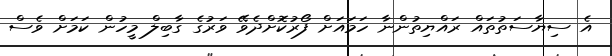
އެ ސިޔާސަތުތައް ރައްޔިތުންނާ ހަމައަށް ފޯރުކޮށްދެވޭ ވަރުގެ ގާބިލް މީހުން ކަމަށް ވެސް